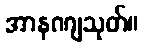
အာနဏျသုတ်။